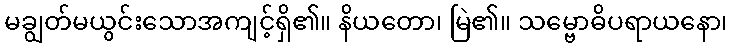
မချွတ်မယွင်းသောအကျင့်ရှိ၏။ နိယတော၊ မြဲ၏။ သမ္ဗောဓိပရာယနော၊